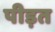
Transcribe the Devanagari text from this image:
पीड़त